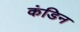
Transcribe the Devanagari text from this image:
कंडिन